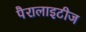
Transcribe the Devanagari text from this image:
पैरालाइटीज